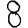
Digit: 8